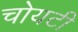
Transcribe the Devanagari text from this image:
चोयटी